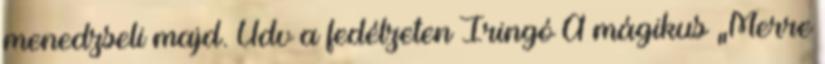
menedzseli majd. Üdv a fedélzeten Iringó A mágikus „Merre